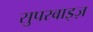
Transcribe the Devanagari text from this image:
सुपरवाइज़